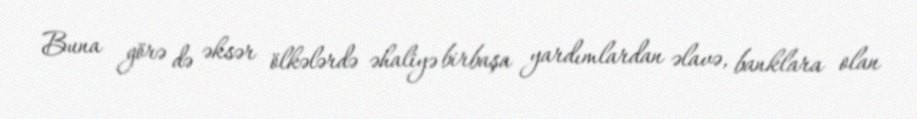
Buna görə də əksər ölkələrdə əhaliyə birbaşa yardımlardan əlavə, banklara olan